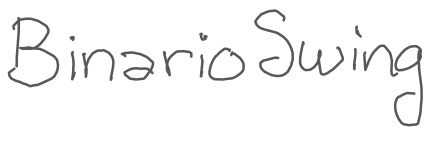
Text: BinarioSwing
Cross-out: clean
Writing tool: digital_gray